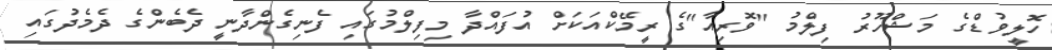
ހޮލީވުޑްގެ މަޝްހޫރު ފިލްމު "ވޮރިއާ"ގެ ރީމޭކްއަކަށް އުފައްދާ މިފިލްމުގައި ފެނިގެންދާނީ ދެބެންގެ ދެމެދުގައި